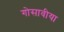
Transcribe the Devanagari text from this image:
गोसावीया